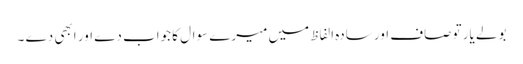
بولے یار تو صاف اور سادہ الفاظ میں میرے سوال کا جواب دے اور ابھی دے ۔